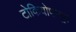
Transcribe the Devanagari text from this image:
टोकियोपासून